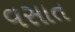
વસાત